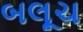
બલૂચ